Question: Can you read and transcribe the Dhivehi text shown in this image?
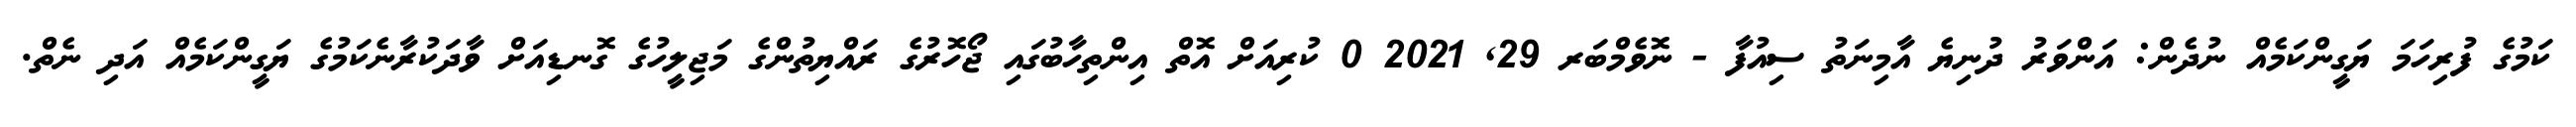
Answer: ކަމުގެ ފުރިހަމަ ޔަގީންކަމެއް ނުދެން: އަންވަރު ދުނިޔެ އާމިނަތު ސިއުފާ - ނޮވެމްބަރ 29, 2021 0 ކުރިއަށް އޮތް އިންތިހާބުގައި ޖޯހޮރުގެ ރައްޔިތުންގެ މަޖިލީހުގެ ގޮނޑިއަށް ވާދަކުރާނެކަމުގެ ޔަގީންކަމެއް އަދި ނެތް.